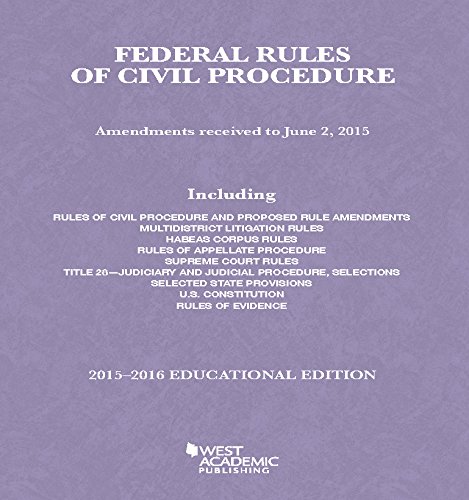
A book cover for Federal Rules of Civil Procedure, 2015-2016 Educational Edition (Selected Statutes); A. Spencer; Law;